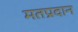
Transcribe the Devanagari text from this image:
मतप्रदान